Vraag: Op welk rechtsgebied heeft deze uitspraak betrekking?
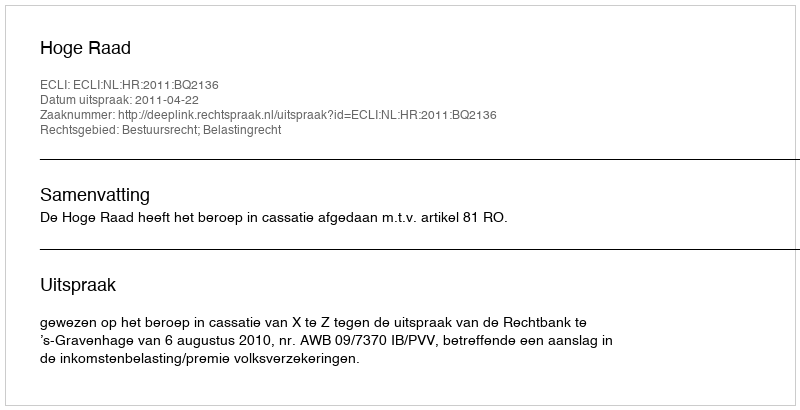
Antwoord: Bestuursrecht; Belastingrecht